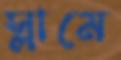
স্লামে